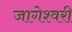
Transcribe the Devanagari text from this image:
जागेश्वरी